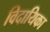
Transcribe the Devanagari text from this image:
विदायिका